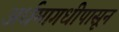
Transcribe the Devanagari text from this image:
अर्धमागधीपासून